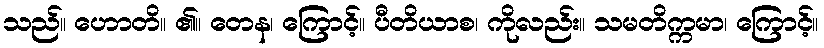
သည်။ ဟောတိ။ ၏။ တေန၊ ကြောင့်။ ပီတိယာစ၊ ကိုလည်း။ သမတိက္ကမာ၊ ကြောင့်။